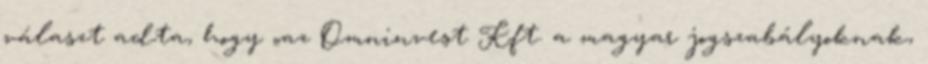
választ adta, hogy „az Omninvest Kft. a magyar jogszabályoknak,